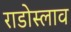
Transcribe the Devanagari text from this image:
राडोस्लाव